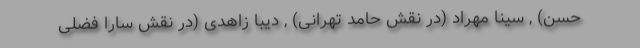
حسن) , سینا مهراد (در نقش حامد تهرانی) , دیبا زاهدی (در نقش سارا فضلی